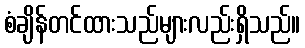
စံချိန်တင်ထားသည်များလည်းရှိသည်။